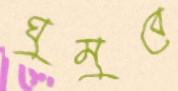
ঘুমুবে